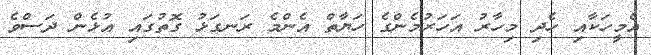
އެމީހަކާއި ހެދި މިހާރު އަހަރުމެންގެ ހަޔާތް އެންމެ ރަނގަޅު ގޮތުގައި އުޅެން ދަސްވެ